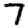
Digit: 7